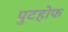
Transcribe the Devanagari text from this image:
पुटहोफ